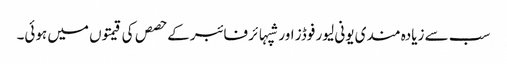
سب سے زیادہ مندی یونی لیور فوڈز اور شپہائر فائبر کے حصص کی قیمتوں میں ہوئی۔